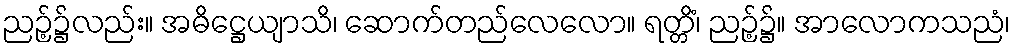
ညဉ့်၌လည်း။ အဓိဋ္ဌေယျာသိ၊ ဆောက်တည်လေလော။ ရတ္တိံ၊ ညဉ့်၌။ အာလောကသညံ၊